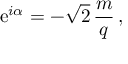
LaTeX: \mathrm { e } ^ { i \alpha } = - \sqrt { 2 } \, \frac { m } { q } \, ,